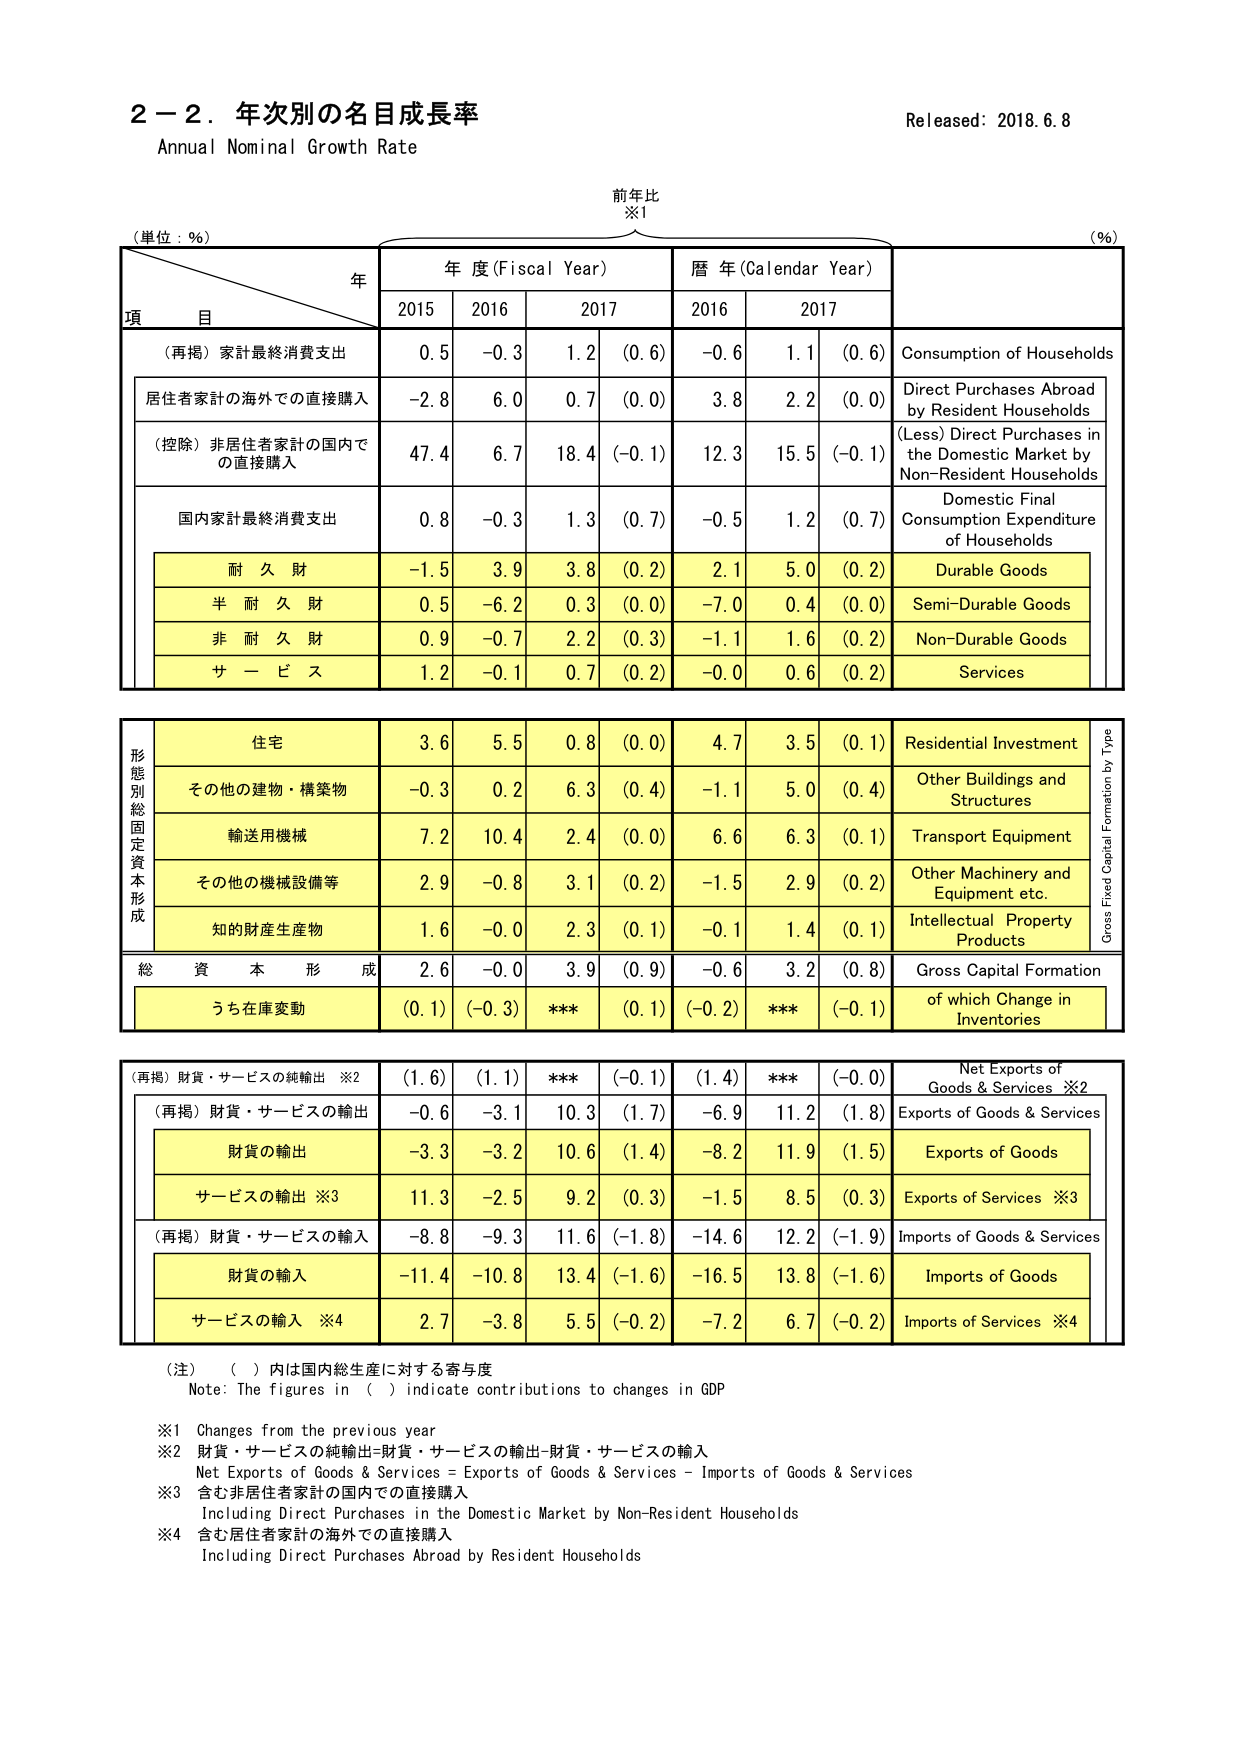
2－2．年次別の名目成長率
Annual Nominal Growth Rate
Released: 2018.6.8

前年比
※1

(単位：％)
年
年度 (Fiscal Year)
暦年 (Calendar Year)
(％)

項 目
2015
2016
2017
2016
2017

（再掲）家計最終消費支出
0.5
-0.3
1.2
(0.6)
-0.6
1.1
(0.6)
Consumption of Households

居住者家計の海外での直接購入
-2.8
6.0
0.7
(0.0)
3.8
2.2
(0.0)
Direct Purchases Abroad by Resident Households

（控除）非居住者家計の国内での直接購入
47.4
6.7
18.4
(-0.1)
12.3
15.5
(-0.1)
(Less) Direct Purchases in the Domestic Market by Non-Resident Households

国内家計最終消費支出
0.8
-0.3
1.3
(0.7)
-0.5
1.2
(0.7)
Domestic Final Consumption Expenditure of Households

耐 久 財
-1.5
3.9
3.8
(0.2)
2.1
5.0
(0.2)
Durable Goods

半 耐 久 財
0.5
-6.2
0.3
(0.0)
-7.0
0.4
(0.0)
Semi-Durable Goods

非 耐 久 財
0.9
-0.7
2.2
(0.3)
-1.1
1.6
(0.2)
Non-Durable Goods

サ ー ビ ス
1.2
-0.1
0.7
(0.2)
-0.0
0.6
(0.2)
Services

形態別固定資本形成
住宅
3.6
5.5
0.8
(0.0)
4.7
3.5
(0.1)
Residential Investment

その他の建物・構築物
-0.3
0.2
6.3
(0.4)
-1.1
5.0
(0.4)
Other Buildings and Structures

輸送用機械
7.2
10.4
2.4
(0.0)
6.6
6.3
(0.1)
Transport Equipment

その他の機械設備等
2.9
-0.8
3.1
(0.2)
-1.5
2.9
(0.2)
Other Machinery and Equipment etc.

知的財産生産物
1.6
-0.0
2.3
(0.1)
-0.1
1.4
(0.1)
Intellectual Property Products

総 資 本 形 成
2.6
-0.0
3.9
(0.9)
-0.6
3.2
(0.8)
Gross Capital Formation

うち在庫変動
(0.1)
(-0.3)
***
(0.1)
(-0.2)
***
(-0.1)
of which Change in Inventories

（再掲）財貨・サービスの純輸出 ※2
(1.6)
(1.1)
***
(-0.1)
(1.4)
***
(-0.0)
Net Exports of Goods & Services ※2

（再掲）財貨・サービスの輸出
-0.6
-3.1
10.3
(1.7)
-6.9
11.2
(1.8)
Exports of Goods & Services

財貨の輸出
-3.3
-3.2
10.6
(1.4)
-8.2
11.9
(1.5)
Exports of Goods

サービスの輸出 ※3
11.3
-2.5
9.2
(0.3)
-1.5
8.5
(0.3)
Exports of Services ※3

（再掲）財貨・サービスの輸入
-8.8
-9.3
11.6
(-1.8)
-14.6
12.2
(-1.9)
Imports of Goods & Services

財貨の輸入
-11.4
-10.8
13.4
(-1.6)
-16.5
13.8
(-1.6)
Imports of Goods

サービスの輸入 ※4
2.7
-3.8
5.5
(-0.2)
-7.2
6.7
(-0.2)
Imports of Services ※4

（注）（ ）内は国内総生産に対する寄与度
Note: The figures in ( ) indicate contributions to changes in GDP

※1 Changes from the previous year
※2 財貨・サービスの純輸出=財貨・サービスの輸出-財貨・サービスの輸入
Net Exports of Goods & Services = Exports of Goods & Services - Imports of Goods & Services
※3 含む非居住者家計の国内での直接購入
Including Direct Purchases in the Domestic Market by Non-Resident Households
※4 含む居住者家計の海外での直接購入
Including Direct Purchases Abroad by Resident Households